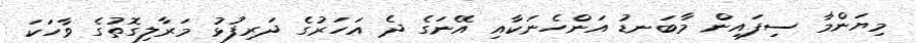
މިޔަންމާ ސިފައިން މާބަނޑު އަންހެނަކާއި އޭނަގެ ދެ އަހަރުގެ ދަރިފުޅު މަރާލިގޮތުގެ ވާހަކަ